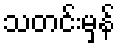
သတင်းမှန်